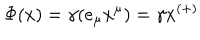
\Phi ( x ) = \gamma ( e _ { \mu } x ^ { \mu } ) = \gamma x ^ { ( + ) }